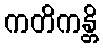
ကတိကန္တိ